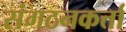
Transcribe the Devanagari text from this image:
संगठनकर्त्ता